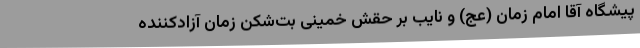
پیشگاه آقا امام زمان (عج) و نایب بر حقش خمینی بت‌شکن زمان آزادکننده